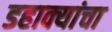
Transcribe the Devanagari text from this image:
डहाक्यांचा